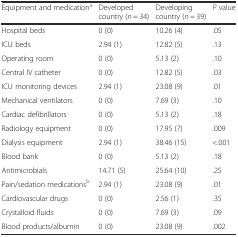
<table><thead><tr><td><b>Equipment and medication<sup>a</sup></b></td><td><b>Developed country (<i>n</i> = 34)</b></td><td><b>Developing country (<i>n</i> = 39)</b></td><td><b><i>P</i> value</b></td></tr></thead><tbody><tr><td>Hospital beds</td><td>0 (0)</td><td>10.26 (4)</td><td>.05</td></tr><tr><td>ICU beds</td><td>2.94 (1)</td><td>12.82 (5)</td><td>.13</td></tr><tr><td>Operating room</td><td>0 (0)</td><td>5.13 (2)</td><td>.10</td></tr><tr><td>Central IV catheter</td><td>0 (0)</td><td>12.82 (5)</td><td>.03</td></tr><tr><td>ICU monitoring devices</td><td>2.94 (1)</td><td>23.08 (9)</td><td>.01</td></tr><tr><td>Mechanical ventilators</td><td>0 (0)</td><td>7.69 (3)</td><td>.10</td></tr><tr><td>Cardiac defibrillators</td><td>0 (0)</td><td>5.13 (2)</td><td>.18</td></tr><tr><td>Radiology equipment</td><td>0 (0)</td><td>17.95 (7)</td><td>.009</td></tr><tr><td>Dialysis equipment</td><td>2.94 (1)</td><td>38.46 (15)</td><td>&lt;.001</td></tr><tr><td>Blood bank</td><td>0 (0)</td><td>5.13 (2)</td><td>.18</td></tr><tr><td>Antimicrobials</td><td>14.71 (5)</td><td>25.64 (10)</td><td>.25</td></tr><tr><td>Pain/sedation medications<sup>b</sup></td><td>2.94 (1)</td><td>23.08 (9)</td><td>.01</td></tr><tr><td>Cardiovascular drugs</td><td>0 (0)</td><td>2.56 (1)</td><td>.35</td></tr><tr><td>Crystalloid fluids</td><td>0 (0)</td><td>7.69 (3)</td><td>.09</td></tr><tr><td>Blood products/albumin</td><td>0 (0)</td><td>23.08 (9)</td><td>.002</td></tr></tbody></table>